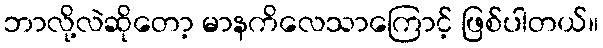
ဘာလို့လဲဆိုတော့ မာနကိလေသာကြောင့် ဖြစ်ပါတယ်။